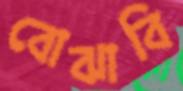
বোঝাবি